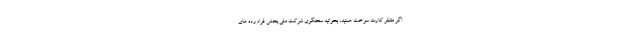
اگر منتظر کارت سوخت هستید، بخوانید سخنگوی شرکت ملی پخش فراورده های